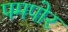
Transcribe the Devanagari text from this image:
पमपोर